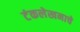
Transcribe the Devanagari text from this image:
टंकलेखनाचे